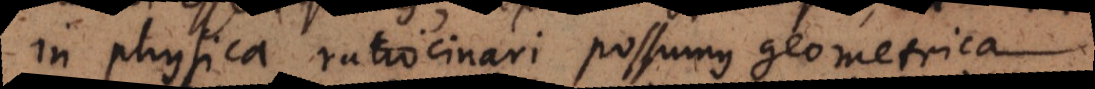
in physica ratiocinari possumus geometrica